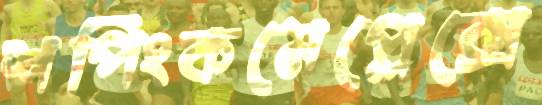
শপিংকমেপ্লেক্সে